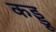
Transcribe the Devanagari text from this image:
कड्डू